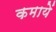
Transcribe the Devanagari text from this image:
कमायें